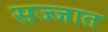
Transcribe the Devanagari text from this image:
सज्जात